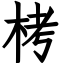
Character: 栲